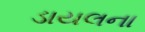
ડાયલના